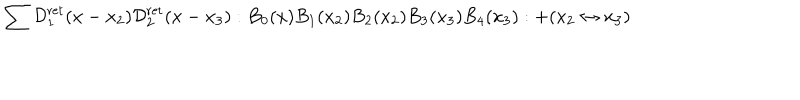
\sum \mathcal { D } _ { 1 } ^ { \mathrm { r e t } } ( x - x _ { 2 } ) \mathcal { D } _ { 2 } ^ { \mathrm { r e t } } ( x - x _ { 3 } ) : B _ { 0 } ( x ) B _ { 1 } ( x _ { 2 } ) B _ { 2 } ( x _ { 2 } ) B _ { 3 } ( x _ { 3 } ) B _ { 4 } ( x _ { 3 } ) : + ( x _ { 2 } \leftrightarrow x _ { 3 } )